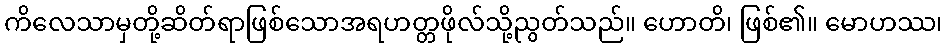
ကိလေသာမှတို့ဆိတ်ရာဖြစ်သောအရဟတ္တဖိုလ်သို့ညွတ်သည်။ ဟောတိ၊ ဖြစ်၏။ မောဟဿ၊